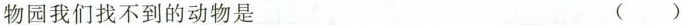
物园我们找不到的动物是 ( )